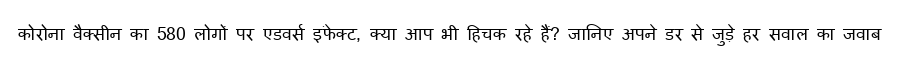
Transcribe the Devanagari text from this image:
कोरोना वैक्सीन का 580 लोगों पर एडवर्स इफे़क्ट, क्या आप भी हिचक रहे हैं? जानिए अपने डर से जुड़े हर सवाल का जवाब